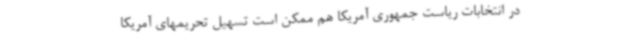
در انتخابات ریاست جمهوری آمریکا هم ممکن است تسهیل تحریمهای آمریکا